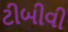
ટીબીવી